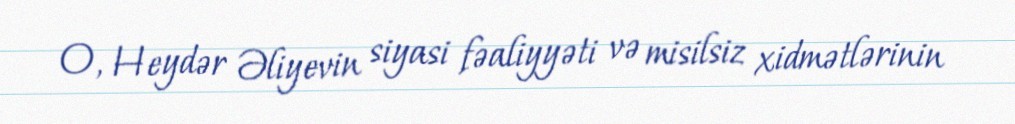
O, Heydər Əliyevin siyasi fəaliyyəti və misilsiz xidmətlərinin